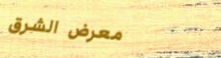
معرض الشرق